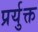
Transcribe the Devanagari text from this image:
प्रर्युक्त